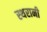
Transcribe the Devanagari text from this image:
स्थरानी